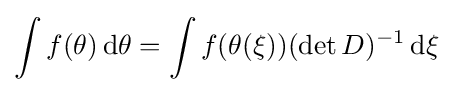
\int f(\theta )\,\mathrm {d} \theta =\int f(\theta (\xi ))(\det D)^{-1}\,\mathrm {d} \xi